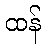
ထန်